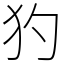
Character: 犳